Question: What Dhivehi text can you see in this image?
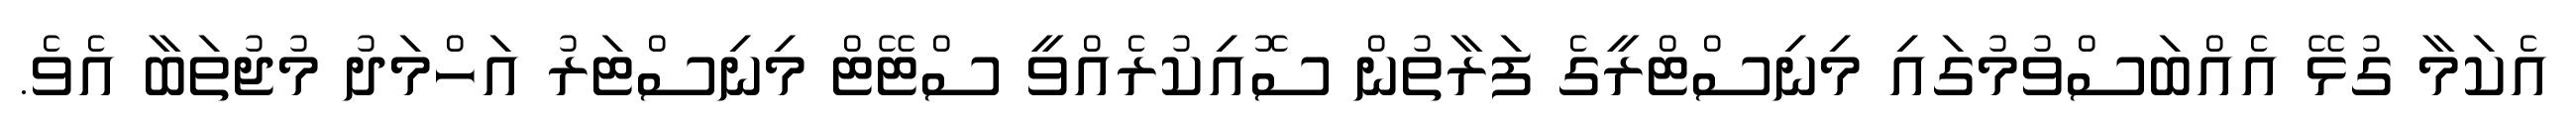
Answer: އެކަމާ ގުޅޭ އެއްބަސްވުމުގައި މިނިސްޓްރީގެ ފަރާތުން ސޮއިކުރެއްވީ ސްޓޭޓް މިނިސްޓަރު އަހްމަދު މުޖުތަބާ އެވެ.